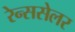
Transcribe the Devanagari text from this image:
रेन्ससेलर